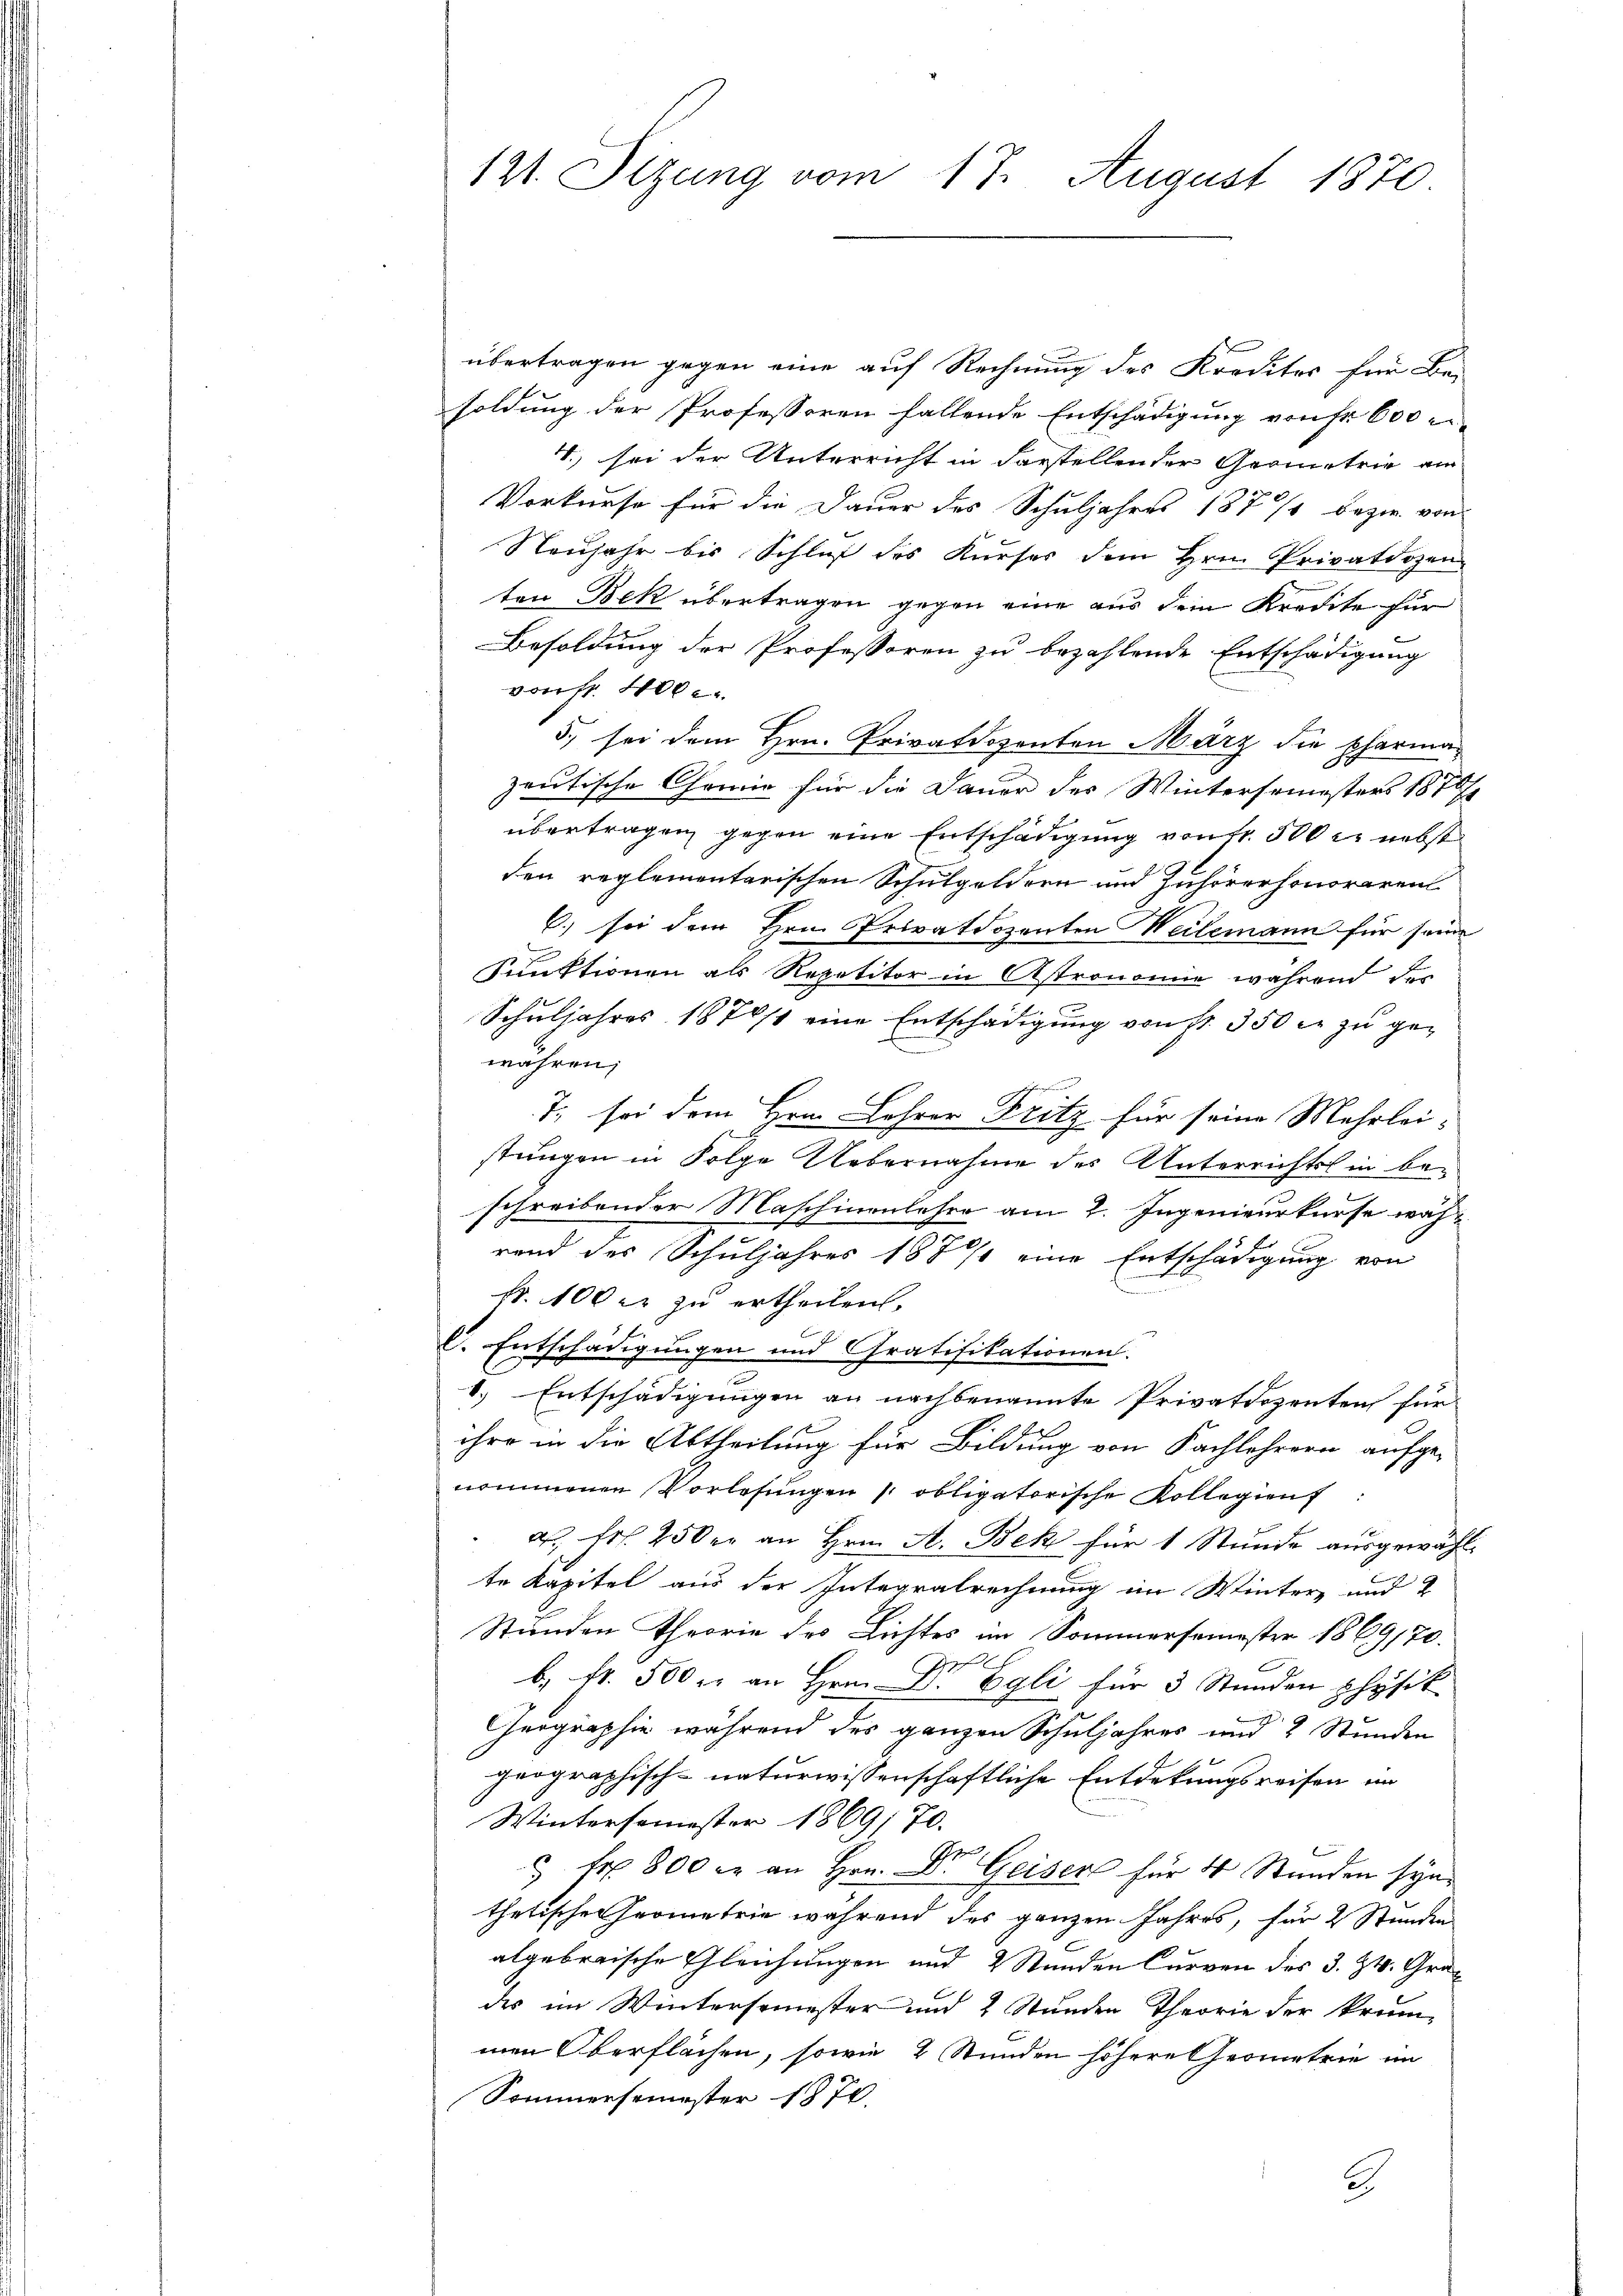
121. Sizung vom 17. August 1870

übertragen gegen eine auf Rechnung des Kreditor für Be-
soldung der Professoren fallende Entschädigung von Fr. 600 r
4., sei der Unterricht in darstellen der Geometrie ein
Vorkurse für die Dauer des Schuljahres 1877 bezw. von
Neujahr bis Schluß des Kurses dem Hrn. Privatdozen
ten Bek übertragen gegen eine aus dem Kredite für
Besoldung der Professoren zu bezahlende Entschädigung
von fr. 400.
5., sei dem Hrn. Privatdozenten März die pharmazeutische Chemie für die Dauer des Wintersemesters 1872
übertragen gegen eine Entschädigung von fr. 300 r. nebst
den reglementarischen Schulgeldern und Zuhörerhonoraren
6) sei dem Hrn. Privatdozenten Weilemann für seine
Punktionen als Repetitor in Astronomie während des
E
Schuljahres 1876/1 eine Entschädigung von st. 350 c. zu gewähren;
7. sei dem Hrn. Lehrer Fritz für seine Mehrleistungen in Folge Uebernahme des Unterrichts in beschreibender Maschinenlesen am 2. Ingenieurkurse wähe
rend des Schuljahres 1877 eine Entschädigung von
fr. 100 er zu ertheilen.
.
C. Entschädigungen und Gratifikationen.
1.) Entschädigungen an nachbenannte Privatdozenten für
ihre in die Abtheilung für Bildung von Fachlehrern aufge-
nommenen Vorlesungen obligatorische Kollegienf
d. Fr. 250 er an Hrn. A. Bek für 1 Stunde ausgewählte Kapitel aus der Integralrechnung im Winter und
Stunden Theorie des Lichtes im Sommersemester 1869170.
A
b. Nr. 500 fr an Hrn. Dr Egli für 3 Stunden physik
Geographie während des ganzen Schuljahres und 2 Stunden
geographisch-naturwissenschaftliche Entdekungsreisen im
Wintersemester 1869, 70.
 Fr. 800 er an Hrn. Dr. Geiser für 4 Stunden syn.
thetische Geometrie während des ganzen Jahres, für 2 Stunden
algebraische Gleichungen und 2 Stunden Curven des 3. Zt. Grades im Wintersemester und 2 Stunden Theorie der krum-
men Oberflächen, sowie 2 Stunden höhere Geometrie im
Sommersemester 1870
2